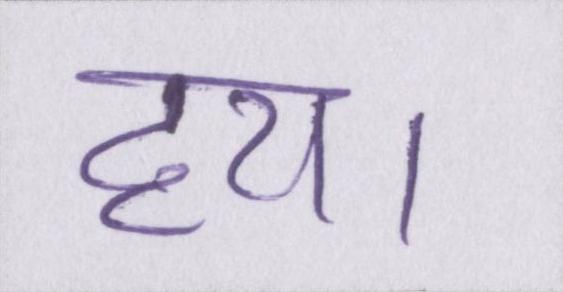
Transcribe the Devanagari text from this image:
हय।